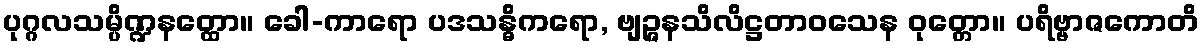
ပုဂ္ဂလသမ္ပိဏ္ဍနတ္ထော။ ခေါ-ကာရော ပဒသန္ဓိကရော, ဗျဉ္ဇနသိလိဋ္ဌတာဝသေန ဝုတ္တော။ ပရိဗ္ဗာဇကောတိ